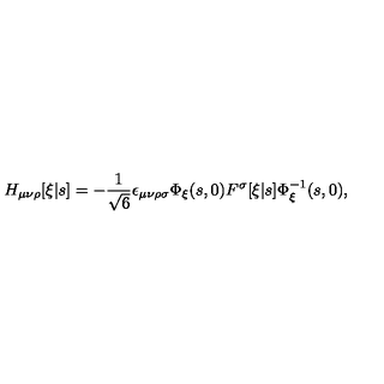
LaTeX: H _ { \mu \nu \rho } [ \xi | s ] = - \frac { 1 } { \sqrt { 6 } } \epsilon _ { \mu \nu \rho \sigma } \Phi _ { \xi } ( s , 0 ) F ^ { \sigma } [ \xi | s ] \Phi _ { \xi } ^ { - 1 } ( s , 0 ) ,